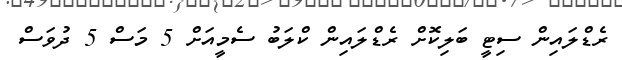
ރެޑްލައިން ސިޓީ ބަލިކޮށް ރެޑްލައިން ކްލަބު ސެމީއަށް 5 މަސް 5 ދުވަސް